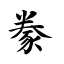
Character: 豢